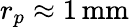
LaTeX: r_{p}\approx 1\, \mathrm{mm}